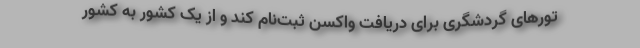
تورهای گردشگری برای دریافت واکسن ثبت‌نام کند و از یک کشور به کشور